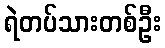
ရဲတပ်သားတစ်ဦး